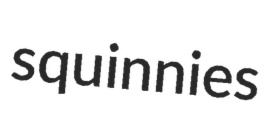
squinnies